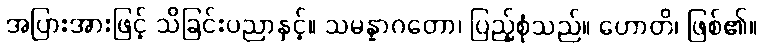
အပြားအားဖြင့် သိခြင်းပညာနှင့်။ သမန္နာဂတော၊ ပြည့်စုံသည်။ ဟောတိ၊ ဖြစ်၏။